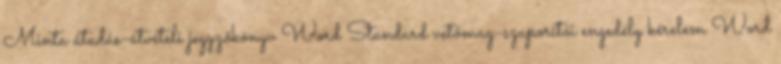
Minta átadás-átvételi jegyzőkönyv Word Standard vetőmag-szaporítói engedély kérelem Word